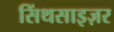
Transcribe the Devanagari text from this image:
सिंथसाइज़र